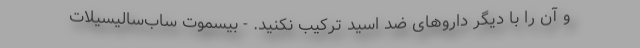
و آن را با دیگر داروهای ضد اسید ترکیب نکنید. - بیسموت ساب‌سالیسیلات